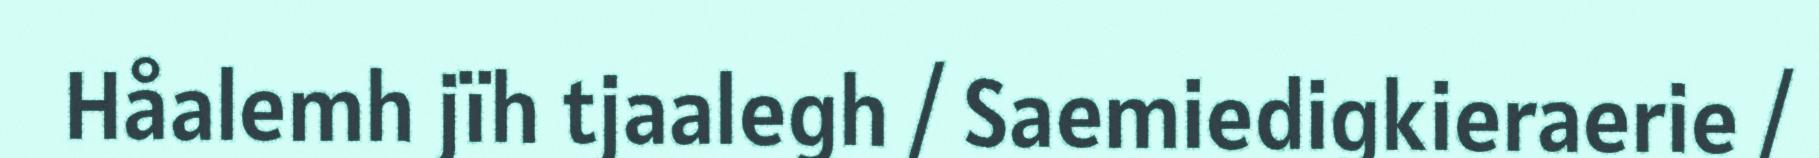
Håalemh jïh tjaalegh / Saemiedigkieraerie /